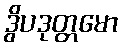
ဒွိပဒုတ္တမော